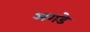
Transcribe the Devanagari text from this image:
अगडे